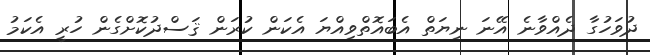
ދުވަހުގާ ދެއްވާނެ އޭނަ ނިޔަތް އެބައޮތްވިއްޔަ އެކަން ކުރަން ޤަސްދުކޮށްގެން ހުރީ އެކަމު